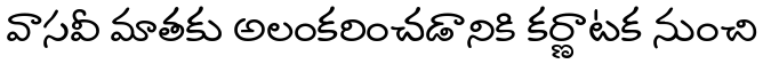
వాసవీ మాతకు అలంకరించడానికి కర్ణాటక నుంచి